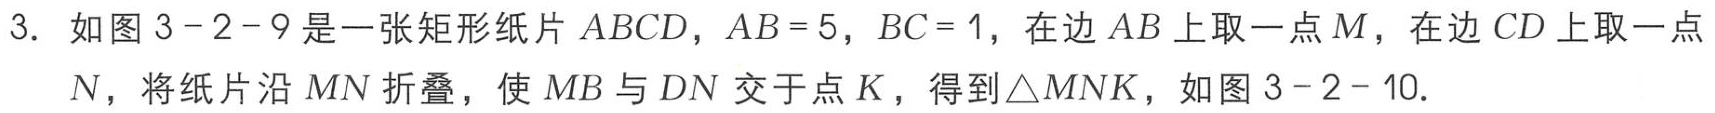
3. 如图3 - 2 - 9是一张矩形纸片 \(ABCD\)，\(AB = 5\)，\(BC = 1\)，在边 \(AB\) 上取一点 \(M\)，在边 \(CD\) 上取一点 \(N\)，将纸片沿 \(MN\) 折叠，使 \(MB\) 与 \(DN\) 交于点 \(K\)，得到\(\triangle MNK\)，如图3 - 2 - 10.